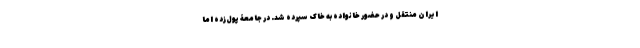
ایران منتقل و در حضور خانواده به خاک سپرده شد. در جامعۀ پول‌زده اما